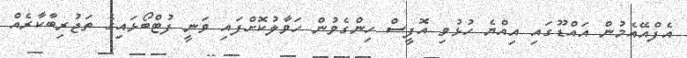
އެފްއޭއެމުން އައްޑޫގައި އިއްޔެ ހުޅުވި އޮފީސް ހިންގެވުން ހަވާލުކޮށްފައި ވަނީ ފުޓްބޯޅައިގެ ތަޖުރިބާކާރެއް